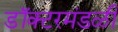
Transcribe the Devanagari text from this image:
डॉक्टरमंडळी